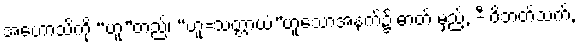
အဟောသိကို “ဟူ”တည်၊ “ဟူ=သတ္တာယံ”ဟူသောအနက်၌ ဓာတ် မှည့်, -ီ ဝိဘတ်သက်,